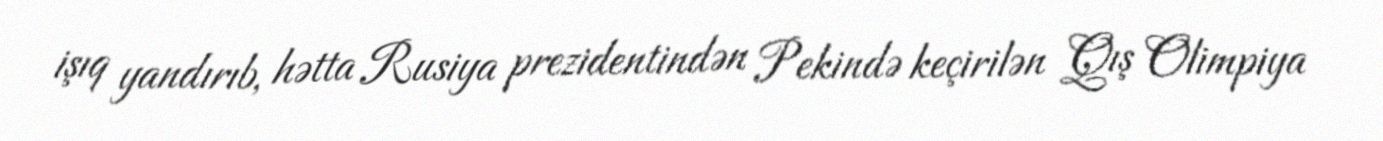
işıq yandırıb, hətta Rusiya prezidentindən Pekində keçirilən Qış Olimpiya